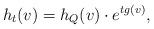
LaTeX: \begin{align*}h_t(v)=h_{Q}(v)\cdot e^{tg(v)},\end{align*}